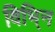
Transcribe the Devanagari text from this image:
विभि्न